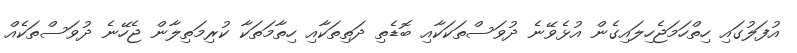
އުފަލުގައި ހިތްހަމަޖެހިލައިގެން އުޅެވޭނެ ދުވަސްތަކަކާއި ބޮޑެތި ދަތިތަކާއި ހިތާމަތަކާ ކުރިމަތިލާން ޖެހޭނެ ދުވަސްތަކެއް